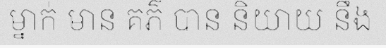
ម្នាក់ មាន គភ៌ បាន និយាយ នឹង